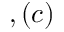
, ( c )